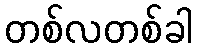
တစ်လတစ်ခါ